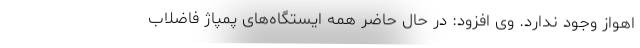
اهواز وجود ندارد. وی افزود: در حال حاضر همه ایستگاه‌های پمپاژ فاضلاب